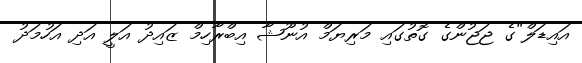
އައިޑަލް"ގެ ޖަޖުންގެ ގޮތުގައި މަރިޔަމް އުނޫޝާ އިބްރާހިމް ޒައިދު އަލީ އަދި އަހުމަދު